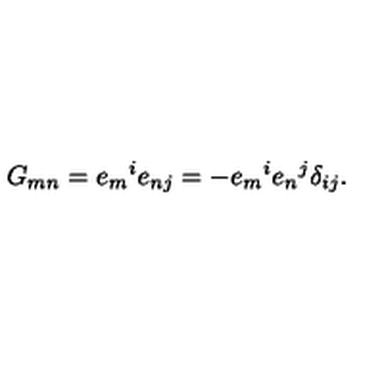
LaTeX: G _ { m n } = e _ { m } { } ^ { i } e _ { n j } = - e _ { m } { } ^ { i } e _ { n } { } ^ { j } \delta _ { i j } .